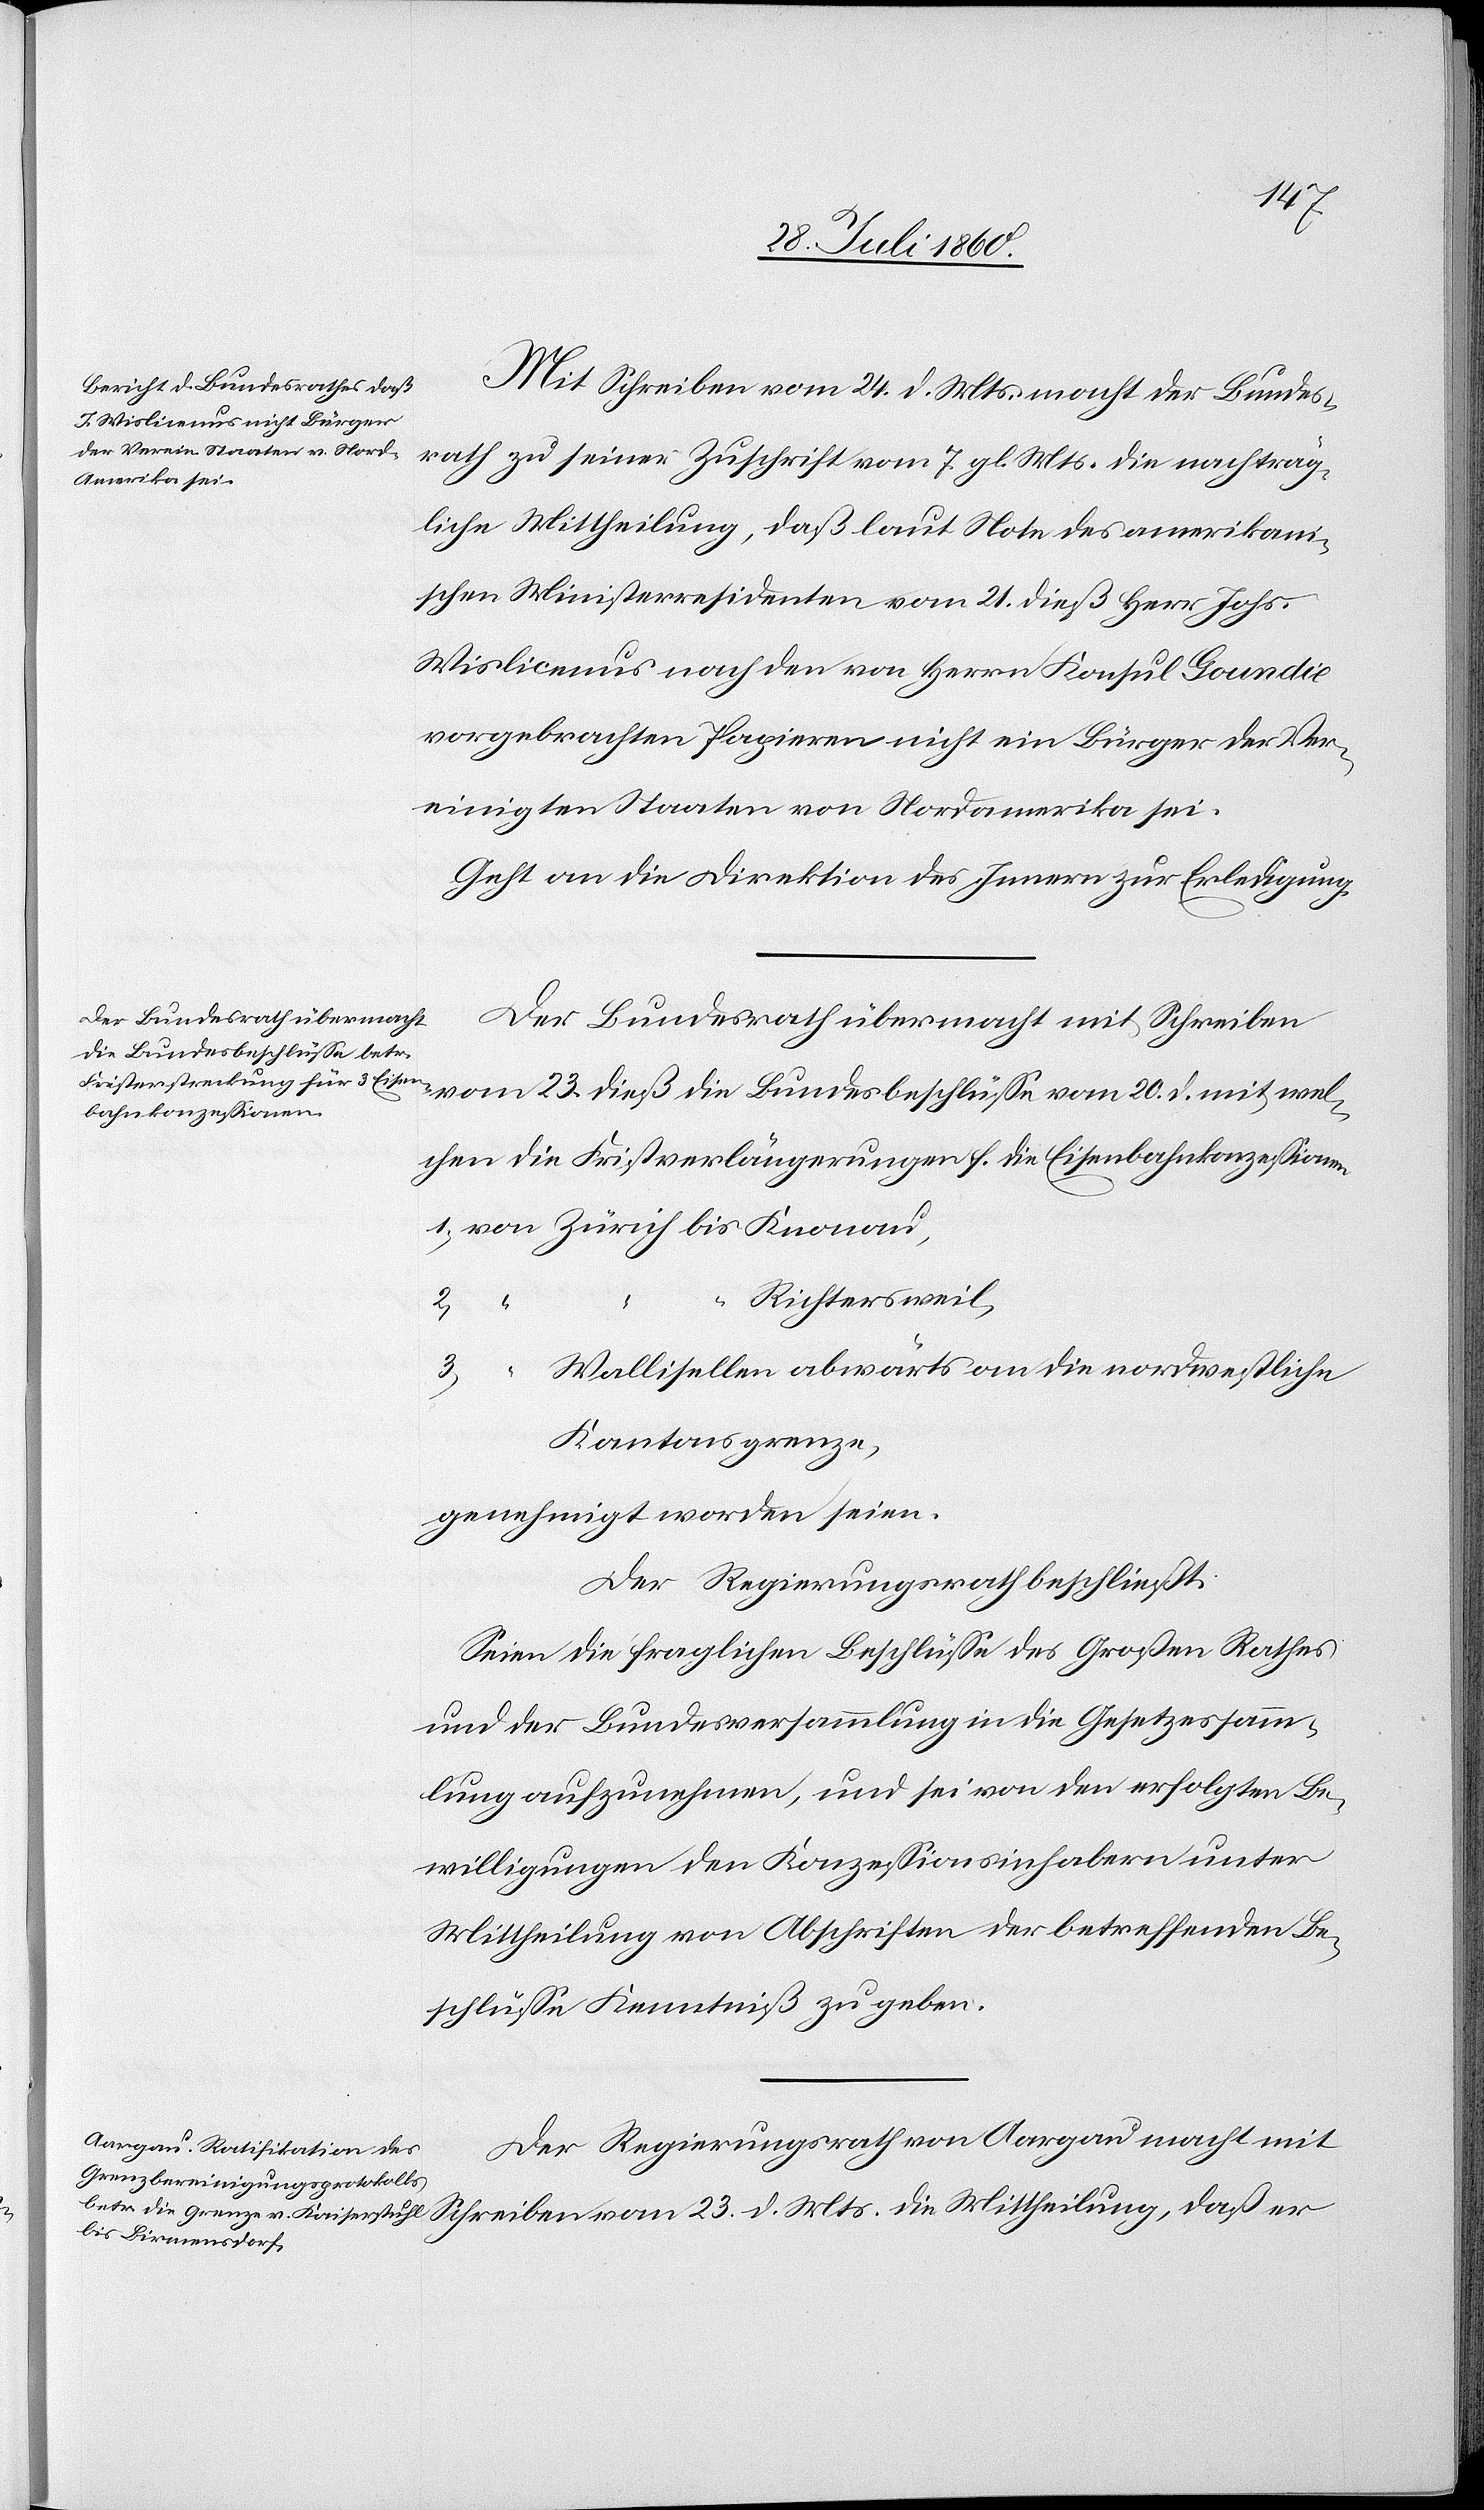
Mit Schreiben vom 24. d. Mts. macht der Bundes¬
rath zu seiner Zuschrift vom 7. gl. Mts. die nachträg¬
liche Mittheilung, dass laut Note des amerikani¬
schen Ministerresidenten vom 21. dß. Herr Johs.
Wislicenus nach den von Herrn Konsul Goundie
vorgebrachten Papieren nicht ein Bürger der Ver¬
einigten Staaten von Nordamerika sei.
Geht an die Direktion des Innern zur Erledigung.
Der Bundesrath übermacht mit Schreiben
vom 23. d. Mts. die Bundesbeschlüsse vom 20. dß, mit wel¬
chen die Fristverlängerungen für die Eisenbahnkonzessionen
Richtersweil
1.
dass er
23.
Wallisellen abwärts bis an die nordwestliche
Kantonsgrenze
genehmigt worden seien
Der Regierungsrath beschliesst.
Seien die fraglichen Beschlüsse des Grossen Rathes
und der Bundesversammlung in die Gesetzessamm¬
lung aufzunehmen, und sei von den erfolgten Be¬
willigungen den Conzessionsinhabern unter
Mittheilung von Abschriften der betreffenden Be¬
schlüsse Kenntniss zu geben.
Der Regierungsrath von Aargau macht mit